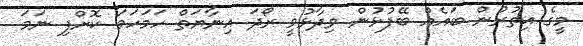
މީގެ އިތުރުން ބައެއް ބޭފުޅުން ވިދާޅުވީ ރޯދަ އިނާޔަތް ހަމަހަމަ ކޮށްފި ނަމަ